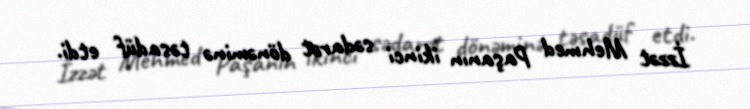
İzzət Mehmed Paşanın ikinci sədarət dönəminə təsadüf etdi.